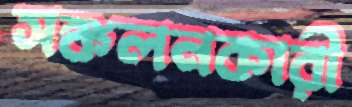
সঙ্কলনকারী